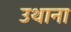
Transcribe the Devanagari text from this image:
उथाना